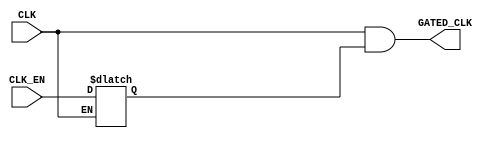
`timescale 1ns / 1ps

//////////////////////////////////////////////////////////////////////////////////
// Diploma: By Eng. Ali Mohamed Eltemsah
// Design Name: DigIC_Dip08_09_P
// Module Name: CLK_Gate
// Project Name: CLock Gating
//////////////////////////////////////////////////////////////////////////////////


module CLK_Gate(
    input   wire    CLK,
    input   wire    CLK_EN,
    output  wire    GATED_CLK
    );
    
reg     latch_out;

always @(CLK, CLK_EN)
    begin
        if (!CLK)
            begin
                latch_out <= CLK_EN;
            end
    end

assign GATED_CLK = CLK && latch_out; 

// Integrated Clock Gating Cell
/*
TLATNCAX12M U0_TLATNCAX12M (
.E(CLK_EN),
.CK(CLK),
.ECK(GATED_CLK)
);
*/
endmodule